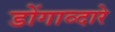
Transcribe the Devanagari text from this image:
डोंगाव्दारे